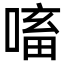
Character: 㗜